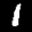
Label: 1